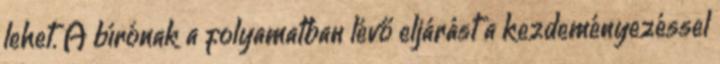
lehet. A bírónak a folyamatban lévő eljárást a kezdeményezéssel